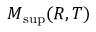
M _ { \operatorname* { s u p } } ( R , T )